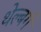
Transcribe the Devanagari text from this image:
थेल्बर्ग